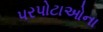
પરપોટાઓના